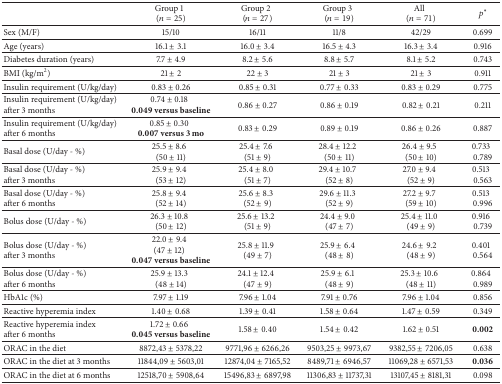
<table><thead><tr><td><b> </b></td><td><b>Group 1(<i>n</i> = 25)</b></td><td><b>Group 2(<i>n</i> = 27)</b></td><td><b>Group 3(<i>n</i> = 19)</b></td><td><b>All(<i>n</i> = 71)</b></td><td><b><i>p</i><sup><i>∗</i></sup></b></td></tr></thead><tbody><tr><td>Sex (M/F)</td><td>15/10</td><td>16/11</td><td>11/8</td><td>42/29</td><td>0.699</td></tr><tr><td>Age (years)</td><td>16.1 ± 3.1</td><td>16.0 ± 3.4</td><td>16.5 ± 4.3</td><td>16.3 ± 3.4</td><td>0.916</td></tr><tr><td>Diabetes duration (years)</td><td>7.7 ± 4.9</td><td>8.2 ± 5.6</td><td>8.8 ± 5.7</td><td>8.1 ± 5.2</td><td>0.743</td></tr><tr><td>BMI (kg/m<sup>2</sup>)</td><td>21 ± 2</td><td>22 ± 3</td><td>21 ± 3</td><td>21 ± 3</td><td>0.911</td></tr><tr><td>Insulin requirement (U/kg/day)</td><td>0.83 ± 0.26</td><td>0.85 ± 0.31</td><td>0.77 ± 0.33</td><td>0.83 ± 0.29</td><td>0.775</td></tr><tr><td>Insulin requirement (U/kg/day) after 3 months</td><td>0.74 ± 0.18<b>0.049 versus baseline</b></td><td>0.86 ± 0.27</td><td>0.86 ± 0.19</td><td>0.82 ± 0.21</td><td>0.211</td></tr><tr><td>Insulin requirement (U/kg/day) after 6 months</td><td>0.85 ± 0.30<b>0.007 versus 3 mo</b></td><td>0.83 ± 0.29</td><td>0.89 ± 0.19</td><td>0.86 ± 0.26</td><td>0.887</td></tr><tr><td>Basal dose (U/day - %)</td><td>25.5 ± 8.6(50 ± 11)</td><td>25.4 ± 7.6(51 ± 9)</td><td>28.4 ± 12.2(50 ± 11)</td><td>26.4 ± 9.5(50 ± 10)</td><td>0.7330.789</td></tr><tr><td>Basal dose (U/day - %)after 3 months </td><td>25.9 ± 9.4(53 ± 12)</td><td>25.4 ± 8.0(51 ± 7)</td><td>29.4 ± 10.7(52 ± 8)</td><td>27.0 ± 9.4(52 ± 9)</td><td>0.5130.563</td></tr><tr><td>Basal dose (U/day - %)after 6 months</td><td>25.8 ± 9.4(52 ± 14)</td><td>25.6 ± 8.3(52 ± 9)</td><td>29.6 ± 11.3(52 ± 9)</td><td>27.2 ± 9.7(59 ± 10)</td><td>0.5130.996</td></tr><tr><td>Bolus dose (U/day - %)</td><td>26.3 ± 10.8(50 ± 12)</td><td>25.6 ± 13.2(51 ± 9)</td><td>24.4 ± 9.0(47 ± 7)</td><td>25.4 ± 11.0(49 ± 9)</td><td>0.9160.739</td></tr><tr><td>Bolus dose (U/day - %)after 3 months</td><td>22.0 ± 9.4(47 ± 12)<b>0.047 versus baseline</b></td><td>25.8 ± 11.9(49 ± 7)</td><td>25.9 ± 6.4(48 ± 8)</td><td>24.6 ± 9.2(48 ± 9)</td><td>0.4010.564</td></tr><tr><td>Bolus dose (U/day - %)after 6 months</td><td>25.9 ± 13.3(48 ± 14)</td><td>24.1 ± 12.4(47 ± 9)</td><td>25.9 ± 6.1(48 ± 9)</td><td>25.3 ± 10.6(48 ± 11)</td><td>0.8640.989</td></tr><tr><td>HbA1c (%)</td><td>7.97 ± 1.19</td><td>7.96 ± 1.04</td><td>7.91 ± 0.76</td><td>7.96 ± 1.04</td><td>0.856</td></tr><tr><td>Reactive hyperemia index</td><td>1.40 ± 0.68</td><td>1.39 ± 0.41</td><td>1.58 ± 0.64</td><td>1.47 ± 0.59</td><td>0.349</td></tr><tr><td>Reactive hyperemia indexafter 6 months</td><td>1.72 ± 0.66<b>0.045 versus baseline</b></td><td>1.58 ± 0.40</td><td>1.54 ± 0.42</td><td>1.62 ± 0.51</td><td><b>0.002</b></td></tr><tr><td>ORAC in the diet</td><td>8872,43 ± 5378,22</td><td>9771,96 ± 6266,26</td><td>9503,25 ± 9973,67</td><td>9382,55 ± 7206,05</td><td>0.638</td></tr><tr><td>ORAC in the diet at 3 months</td><td>11844,09 ± 5603,01</td><td>12874,04 ± 7165,52</td><td>8489,71 ± 6946,57</td><td>11069,28 ± 6571,53</td><td><b>0.036</b></td></tr><tr><td>ORAC in the diet at 6 months</td><td>12518,70 ± 5908,64</td><td>15496,83 ± 6897,98</td><td>11306,83 ± 11737,31</td><td>13107,45 ± 8181,31</td><td>0.098</td></tr></tbody></table>